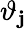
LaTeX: \vartheta_{\mathbf{j}}